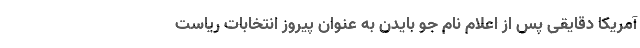
آمریکا دقایقی پس از اعلام نام جو بایدن به عنوان پیروز انتخابات ریاست